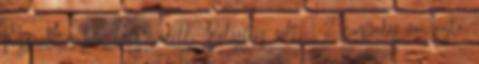
használatomban lévő modell. Balesetes volt, 1-2 horpadás van rajta,